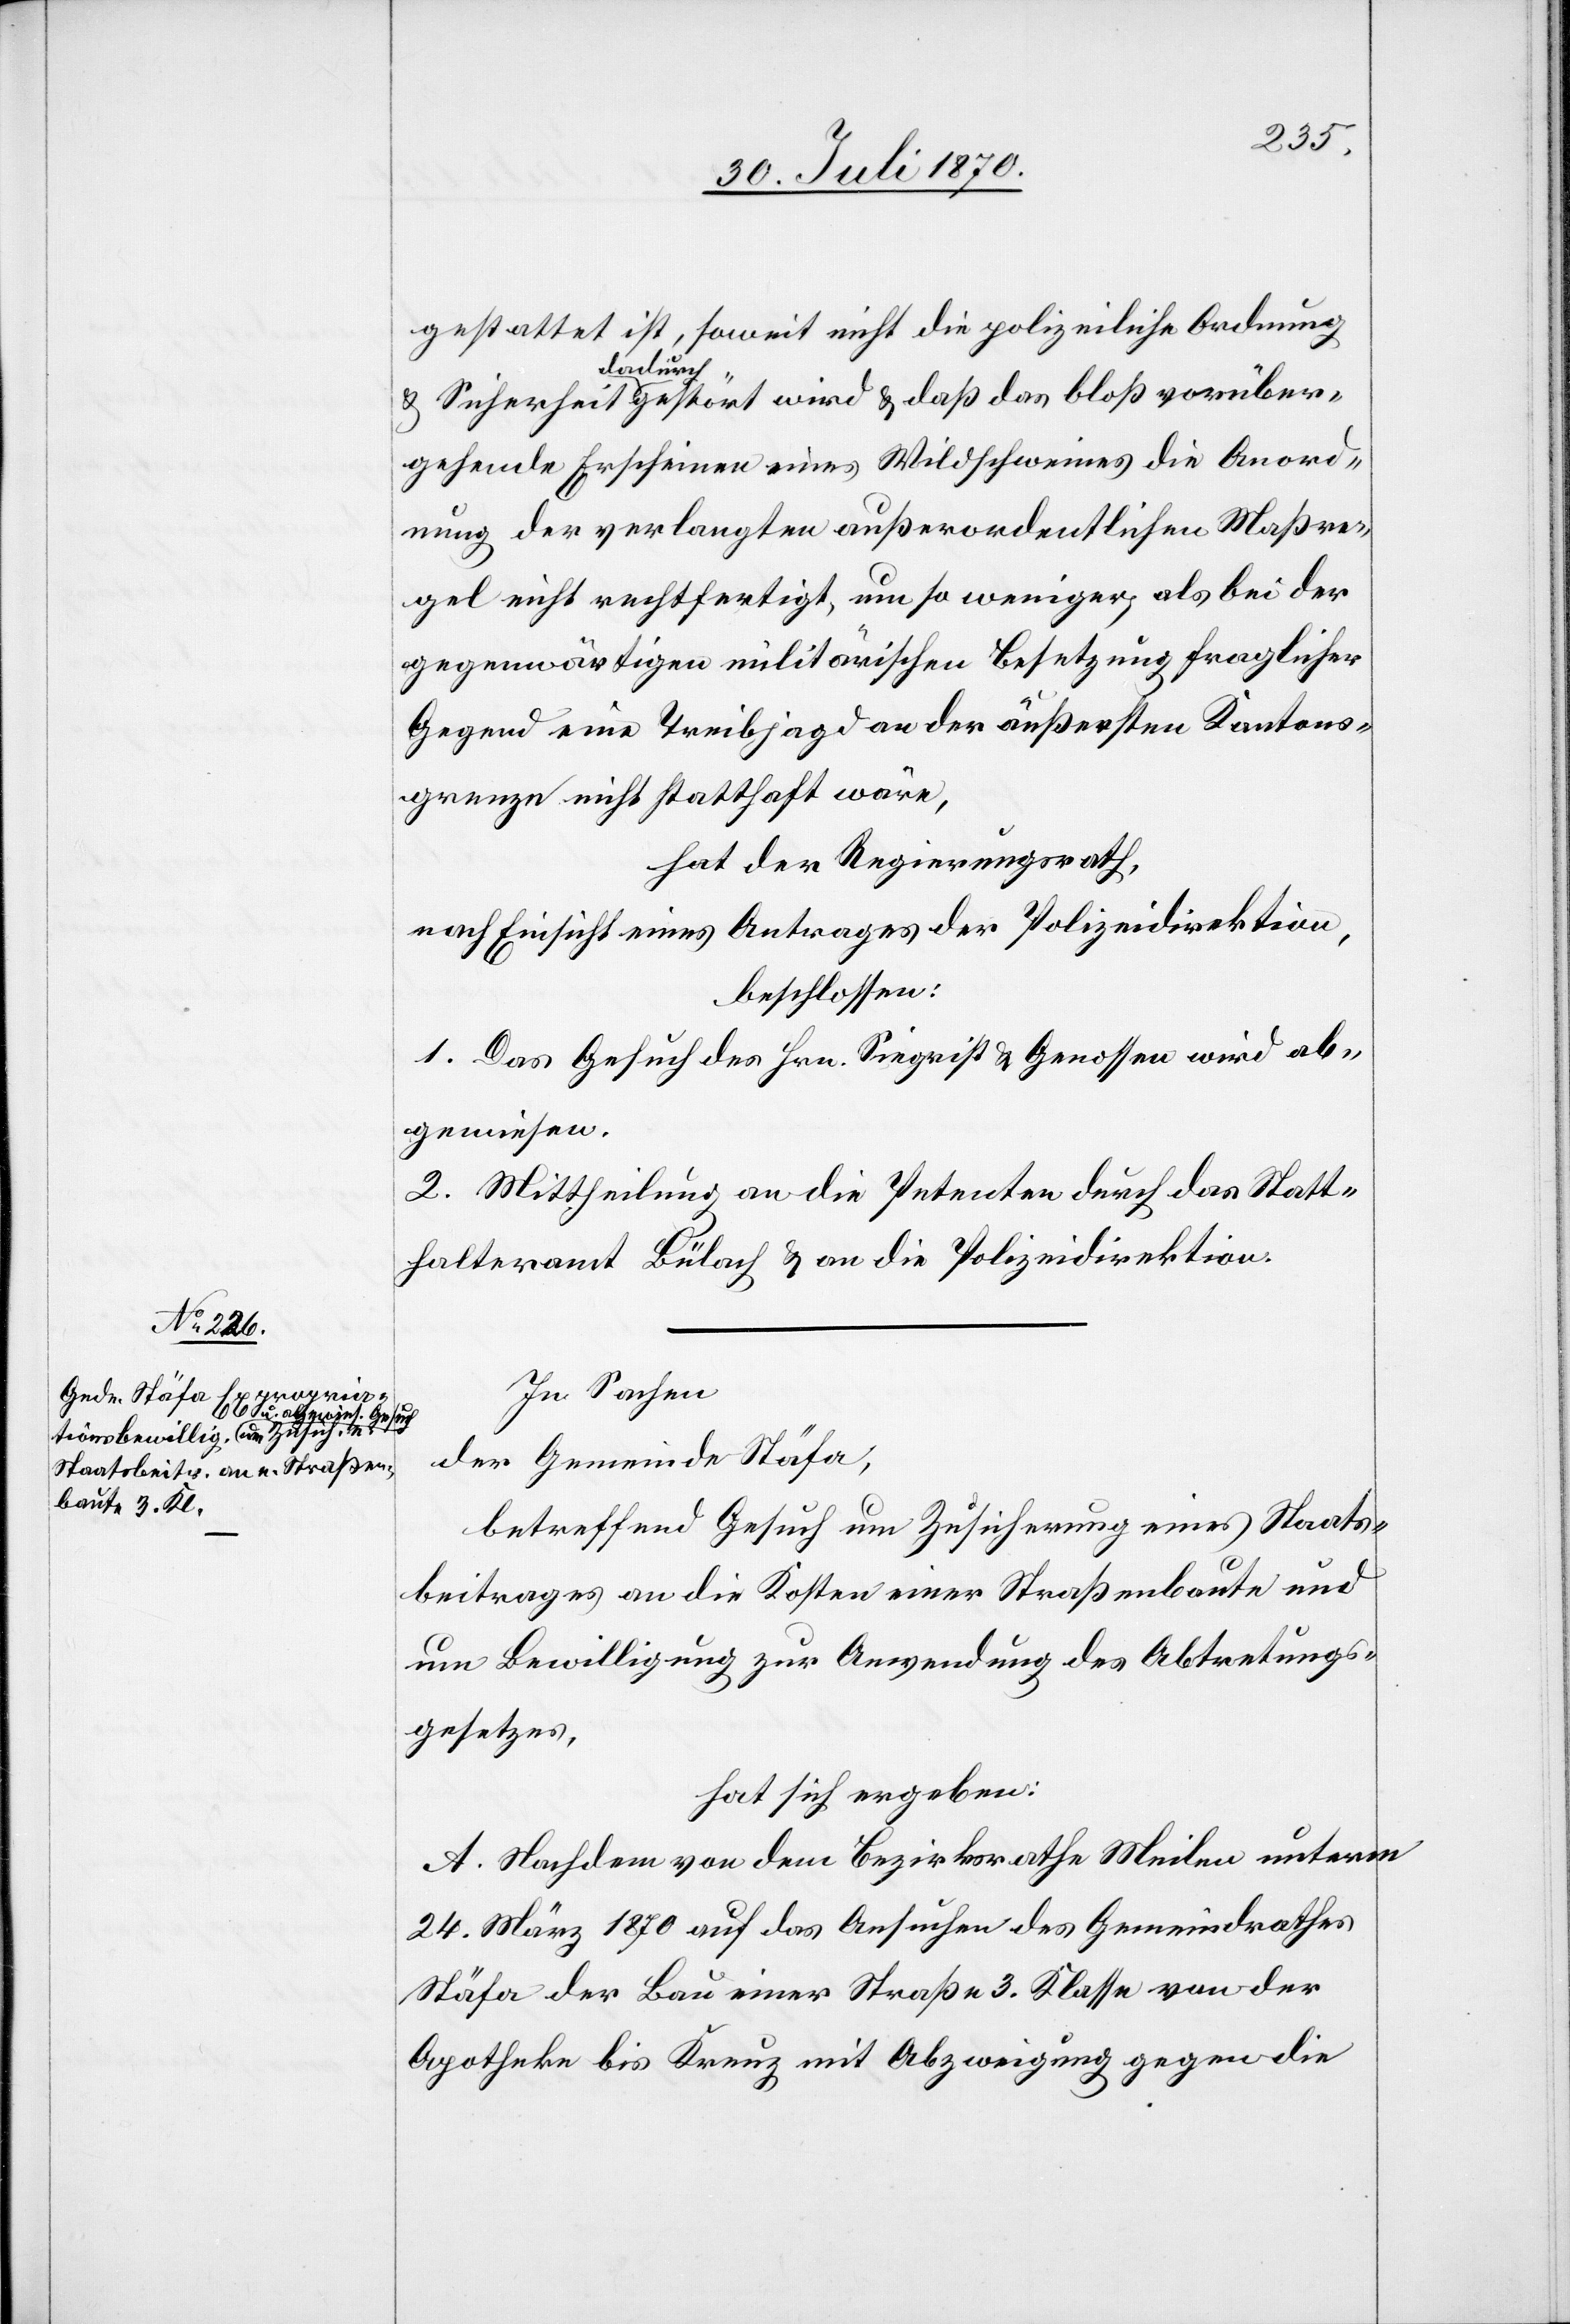
vorüber¬
gestattet ist, soweit nicht die polizeiliche Ordnung
gehende Erscheinen eines Wildschweines die Anord¬
nung der verlangten außerordentlichen Maßre¬
gel nicht rechtfertigt, um so weniger, als bei der
gegenwärtigen militärischen Besetzung fraglicher
Gegend eine Treibjagd an der äußersten Kantons¬
grenze nicht statthaft wäre,
hat der Regierungsrath,
nach Einsicht eines Antrages der Polizeidirektion,
beschlossen:
1. Das Gesuch des Hrn. Siegrist & Genossen wird ab¬
gewiesen.
2. Mittheilung an die Petenten durch das Statt¬
halteramt Bülach & an die Polizeidirektion.
In Sachen
der Gemeinde Stäfa,
betreffend Gesuch um Zusicherung eines Staats¬
beitrages an die Kosten einer Straßenbaute und
um Bewilligung zur Anwendung des Abtretungs¬
gesetzes,
hat sich ergeben:
A. Nachdem von dem Bezirksrathe Meilen unterm
24. März 1870 auf das Ansuchen des Gemeindrathes
Stäfa der Bau einer Straße 3. Klasse von der
Apotheke bis Kreuz mit Abzweigung gegen die